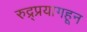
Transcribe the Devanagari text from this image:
रुद्र्प्रयागहून